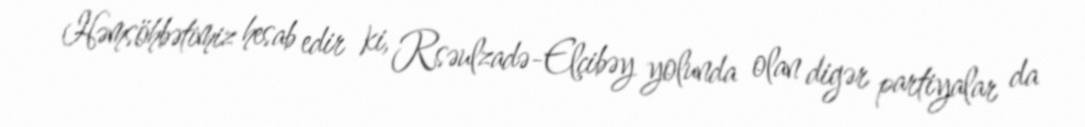
Həmsöhbətimiz hesab edir ki, Rsəulzadə-Elçibəy yolunda olan digər partiyalar da